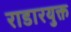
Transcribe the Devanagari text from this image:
राडारयुक्त